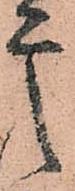
是